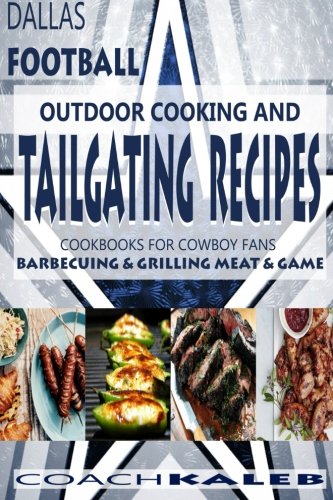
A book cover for Cookbooks for Fans: Dallas Football Outdoor Cooking and Tailgating Recipes: Cookbooks for Cowboy FANS - Barbecuing & Grilling Meat & Game (Outdoor ... ~ American Football Recipes) (Volume 3); Coach Kaleb; Cookbooks, Food & Wine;